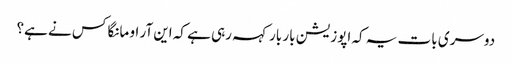
دوسری بات یہ کہ اپوزیشن بار بار کہہ رہی ہے کہ این آر او مانگا کس نے ہے؟